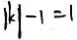
\vert k \vert - 1 = 1